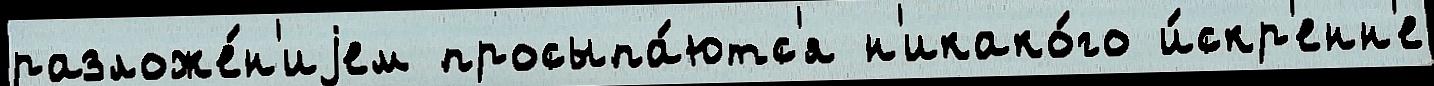
разложе́н'иjем просыпа́ютс'я н'икако́го и́скр'енн'е